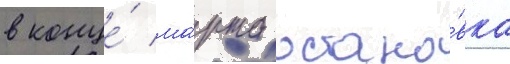
в конце́ ма́рта остано́вка